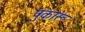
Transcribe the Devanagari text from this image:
पुकारू